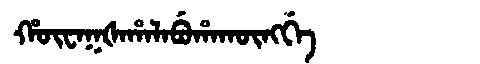
Manchu: ᡥᡡᠸᠠᡴᡧᠠᡥᠠᠯᠠᠪᡠᡥᠠᡴᡡᠩᡤᡝ
Romanization: HŪWAKŠAHALABUHAKŪNGGE